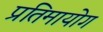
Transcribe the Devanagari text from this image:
प्रतिमायोग